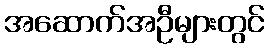
အဆောက်အဦများတွင်